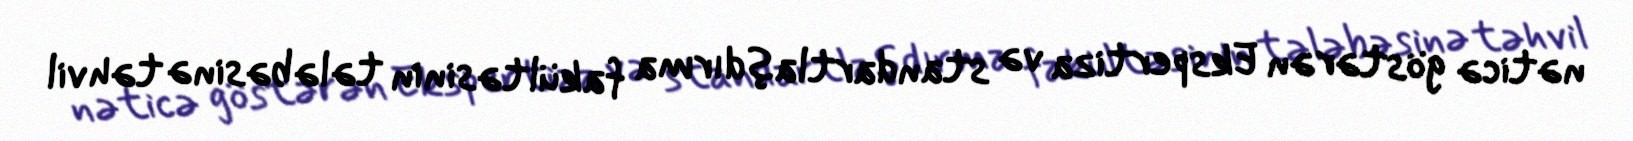
nəticə göstərən Ekspertiza və standartlaşdırma fakültəsinin tələbəsinə təhvil